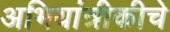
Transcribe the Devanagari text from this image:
अभियांत्रीकीचे